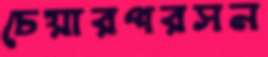
চেয়ারপরসন